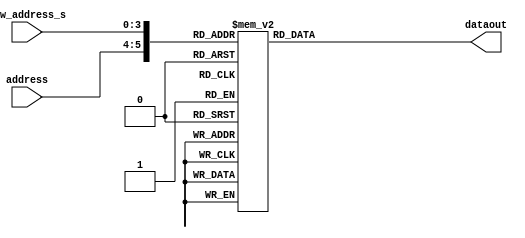
`timescale 1ns / 1ps
//////////////////////////////////////////////////////////////////////////////////
// Company: 
// Engineer: 
// 
// Design Name: 
// Module Name: font_rom
// Project Name: 
// Target Devices: 
// Tool Versions: 
// Description: 
// 
// Dependencies: 
// 
// Revision:
// Revision 0.01 - File Created
// Additional Comments:
// 
//////////////////////////////////////////////////////////////////////////////////


module font_rom(
    
    input  [1:0] address,
    input  [3:0] row_address_s,
    output [7:0] dataout

    );
    reg [7:0] data;
    reg [5:0] address_reg;
    
    

   assign dataout = data;
   
   always@*
    begin
    address_reg <= {address,row_address_s};
    end
    
    always @ (*)
    begin
        case (address_reg)
        //R
        6'h00: data <= 8'b11111111;
        6'h01: data <= 8'b11111111;
        6'h02: data <= 8'b11000011;
        6'h03: data <= 8'b11000011;
        6'h04: data <= 8'b11000011;
        6'h05: data <= 8'b11000011;
        6'h06: data <= 8'b11111111;
        6'h07: data <= 8'b11111111;
        6'h08: data <= 8'b11110000;
        6'h09: data <= 8'b11111000;
        6'h0a: data <= 8'b11111100;
        6'h0b: data <= 8'b11011100;
        6'h0c: data <= 8'b11001110;
        6'h0d: data <= 8'b11000111;
        6'h0e: data <= 8'b11000111;
        6'h0f: data <= 8'b11000011;
            
         //E
        6'h10: data <= 8'b11111111;
        6'h11: data <= 8'b11111111;
        6'h12: data <= 8'b11111111;
        6'h13: data <= 8'b11000000;
        6'h14: data <= 8'b11000000;
        6'h15: data <= 8'b11000000;
        6'h16: data <= 8'b11111100;
        6'h17: data <= 8'b11111100;
        6'h18: data <= 8'b11000000;
        6'h19: data <= 8'b11000000;
        6'h1a: data <= 8'b11000000;
        6'h1b: data <= 8'b11000000;
        6'h1c: data <= 8'b11000000;
        6'h1d: data <= 8'b11111111;
        6'h1e: data <= 8'b11111111;
        6'h1f: data <= 8'b11111111;
       
       //D
       
        6'h20: data <= 8'b11111100;
        6'h21: data <= 8'b11111110;
        6'h22: data <= 8'b11000111;
        6'h23: data <= 8'b11000011;
        6'h24: data <= 8'b11000011;
        6'h25: data <= 8'b11000011;
        6'h26: data <= 8'b11000011;
        6'h27: data <= 8'b11000011; 
        6'h28: data <= 8'b11000011; 
        6'h29: data <= 8'b11000011;
        6'h2a: data <= 8'b11000011;
        6'h2b: data <= 8'b11000011;
        6'h2c: data <= 8'b11000011;
        6'h2d: data <= 8'b11000111;
        6'h2e: data <= 8'b11111110;
        6'h2f: data <= 8'b11111100;
        
        default: data <= 8'b00000000;
         
        endcase
        end
    
endmodule